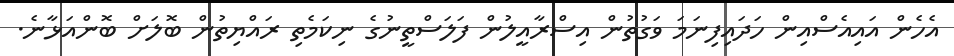
އެހެން އައިއެސްއިން ހަދައިފިނަމަ ވަގުތުން އިސްރާއީލުން ފަލަސްތީނުގެ ނިކަމެތި ރައްޔިތުން ބޮލަށް ބޮންއަޅާނެ.